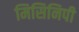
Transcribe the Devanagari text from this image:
मिसिनिपी